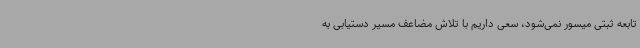
تابعه ثبتی میسور نمی‌شود، سعی داریم با تلاش مضاعف مسیر دستیابی به